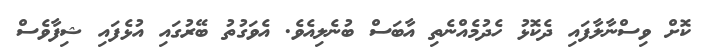
ކޮށް ވިސްނާލާފައި ދެކޮޅު ހެދުމެއްނެތި އާބަސް ބުނެލިއެވެ. އެވަގުތު ބޭރުގައި އުޅެފައި ޝިފާވެސް